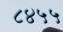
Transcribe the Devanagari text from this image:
८४५५